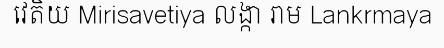
វេតិយ Mirisavetiya លង្កា រាម Lankrmaya